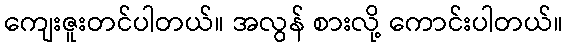
ကျေးဇူးတင်ပါတယ်။ အလွန် စားလို့ ကောင်းပါတယ်။